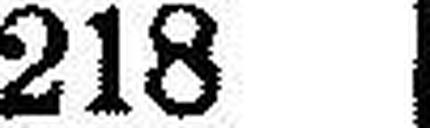
218